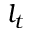
l _ { t }